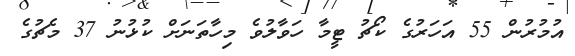
އުމުރުން 55 އަހަރުގެ ކޯޗު ޓީމާ ހަވާލުވެ މިހާތަނަށް ކުޅުނު 37 މެޗުގެ